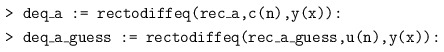
\begin{align*} &\texttt{> deq\_a := rectodiffeq(rec\_a,c(n),y(x)):}\\ &\texttt{> deq\_a\_guess := rectodiffeq(rec\_a\_guess,u(n),y(x)):}\end{align*}